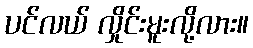
ပင်လယ် လှိုင်းမူးလို့လား။